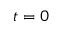
t = 0